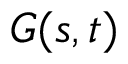
G ( s , t )